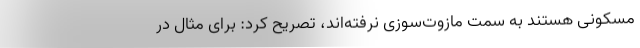
مسکونی هستند به سمت مازوت‌سوزی نرفته‌اند، تصریح کرد: برای مثال در